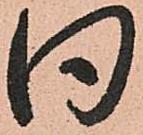
同